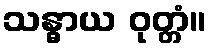
သန္ဓာယ ဝုတ္တံ။